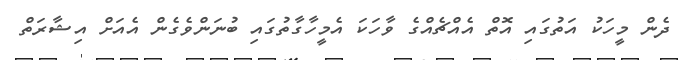
ދެން މީހަކު އަތުގައި އޮތް އެއްޗެއްގެ ވާހަކަ އެމީހާގާތުގައި ބުނަންވެގެން އެއަށް އިޝާރަތް